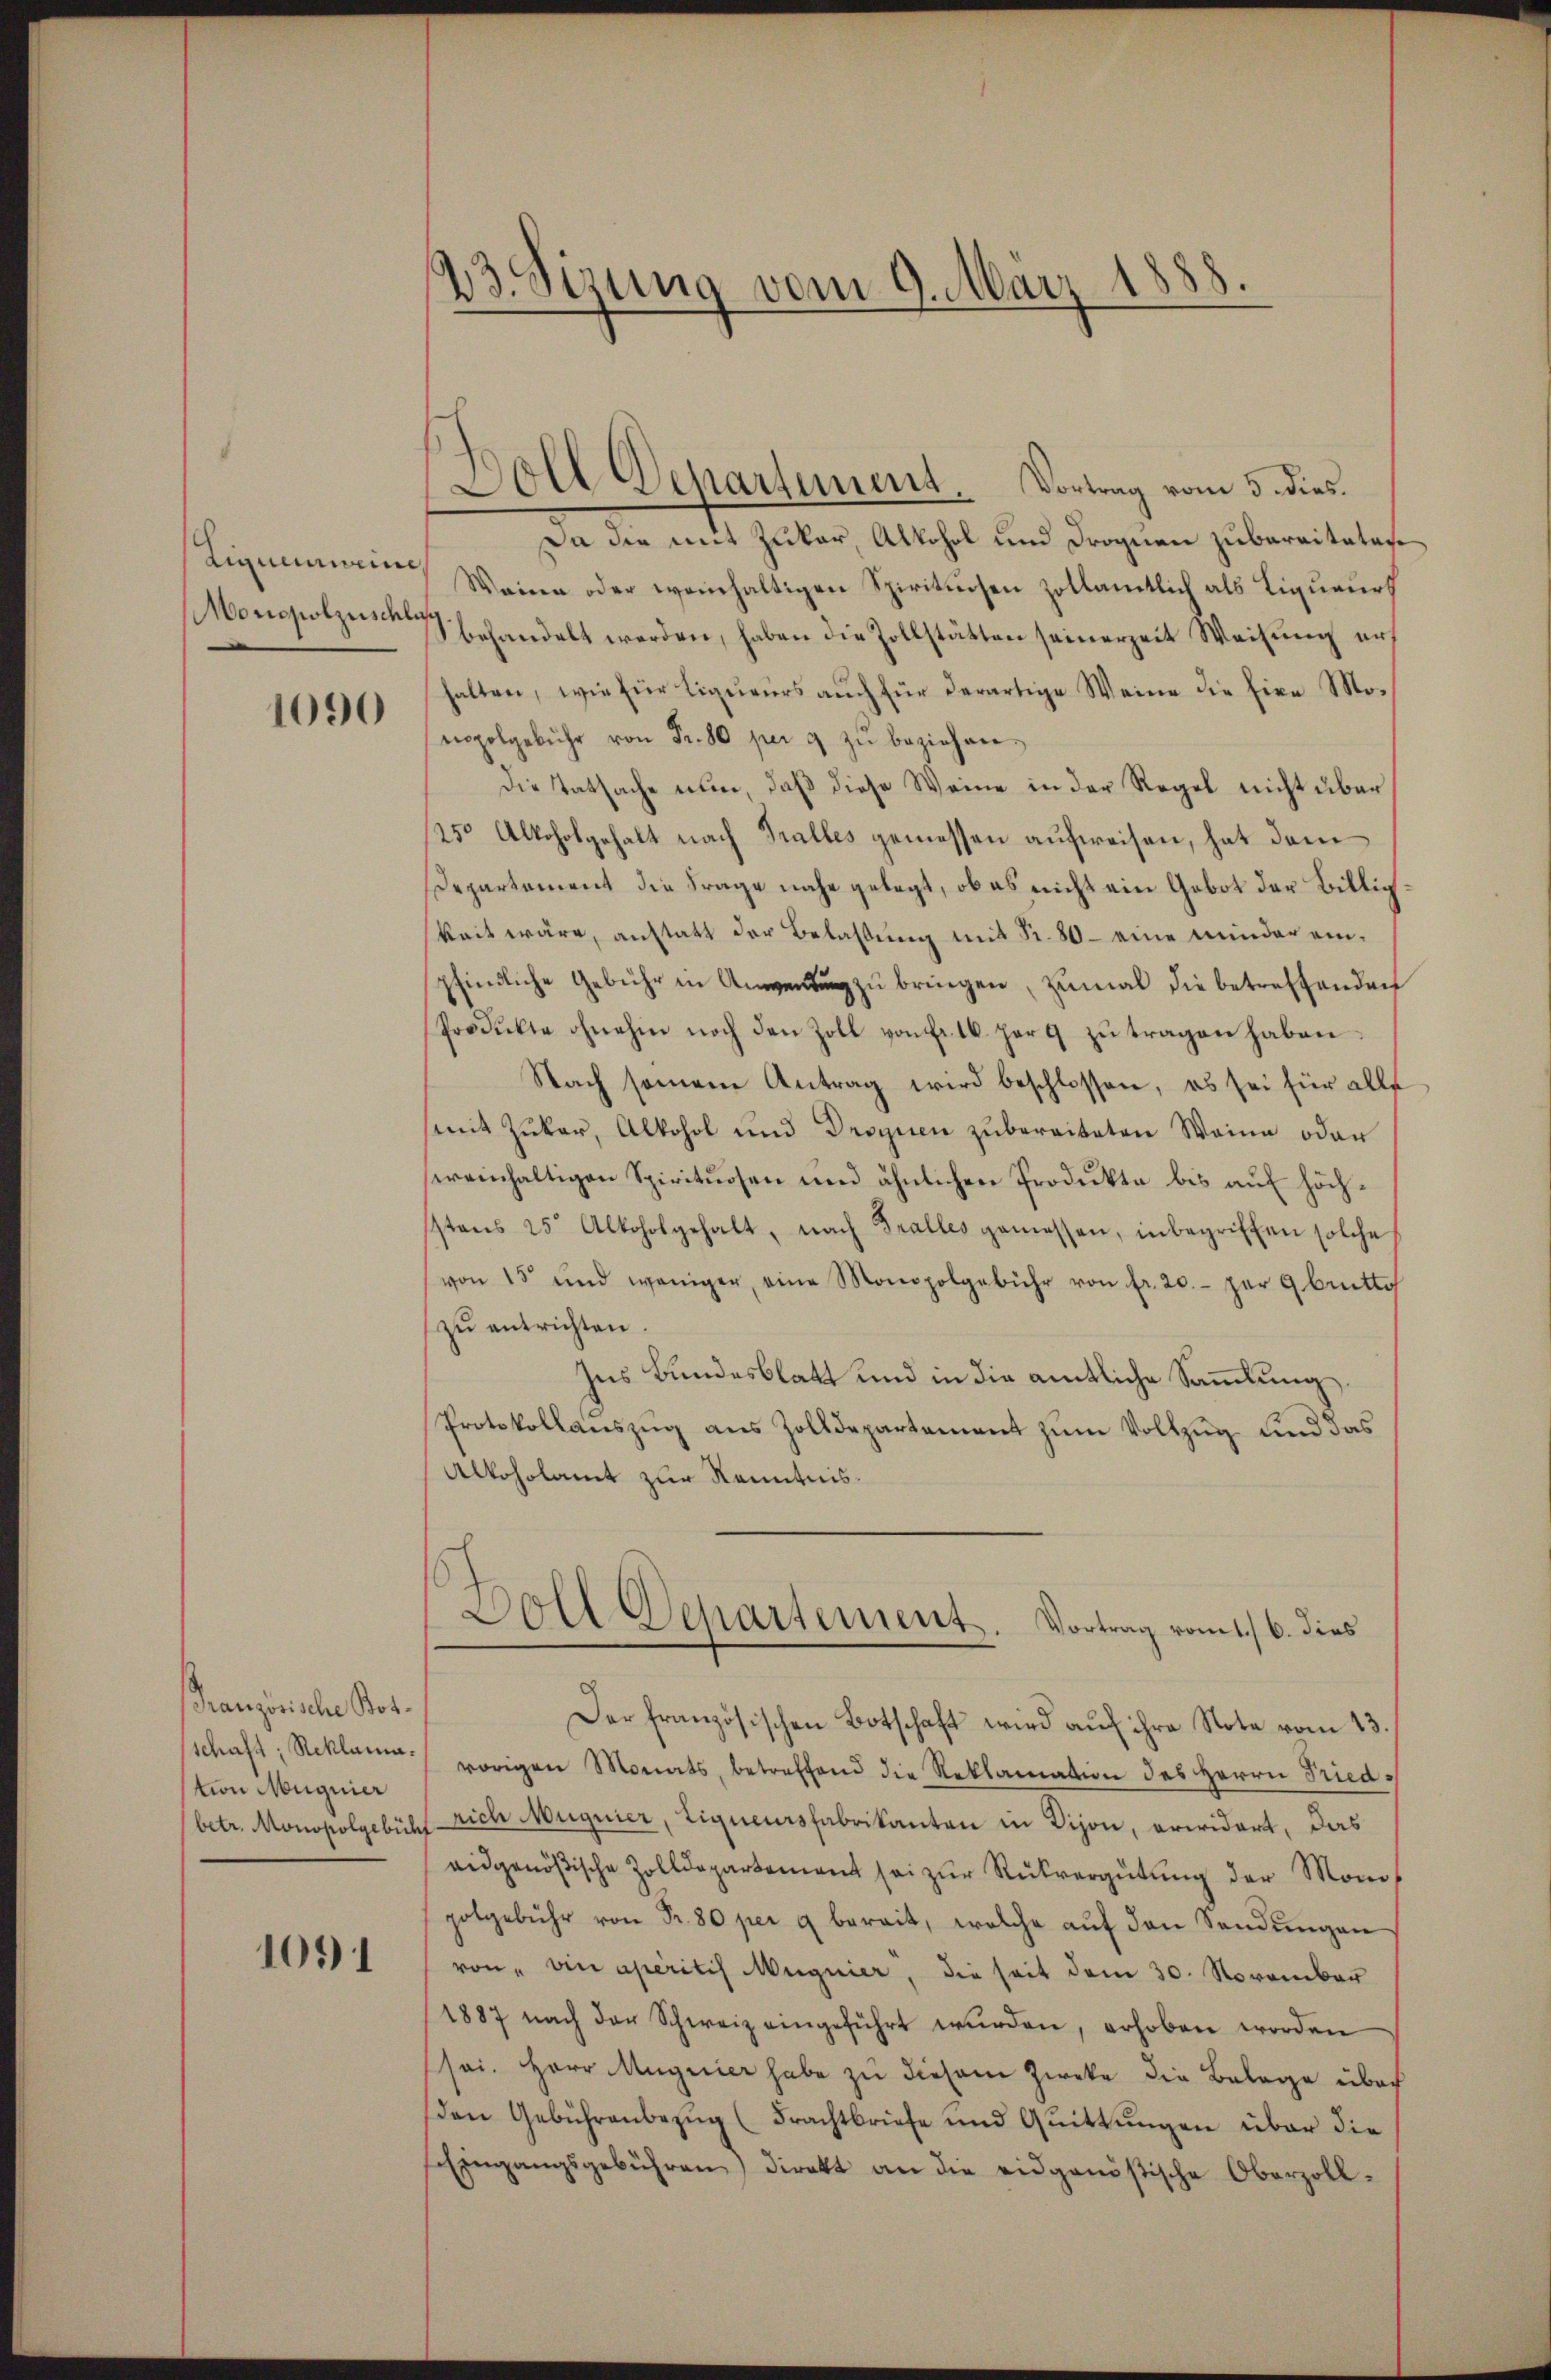
Liquemeine
Monopolzeschli

1090

Franzorische Botschaft, Reklamastion Magnier
betr. Monopolgebüh

1091

23. Sizung vom 9. März 1888.

Boll Departement. Vortrag vom 5. dies
Da die mit Zukar, Alkohol und Droguen zuberaitaten
Weine oder weinhaltigen Spirituosen zollamtlich als Liqueurt
behandelt werden, haben die Zollstätten seinerzeit Weisung erf
halten, wie für Liqueurs auch für derartige Weine die Eine Monopelgebühr von Fr. 80 per 9 zŭ beziehen.
Die Tatsache nun, daß diese Weine in der Regel nicht über
250 Alkoholgehalt nach Tralles gemessen aufweisen, hat dem
Departement die Frage nahe gelegt, ob es nicht ein Gebot der Billig
keit wäre, anstatt der Belassŭng mit Fr. 80 - eine minder einpfindliche Gebühr in zŭ bringen, zumal die betreffenden
Produkte ohnehin noch den Zoll von Fr. 16. herg zu tragen haben.
Nach seinen Antrag wird beschlossen, es sei für alle
mit Zŭkar, Alkohol und Droguen zŭbereiteten Weine oder
weinhaltigen Spirituosen und ähnlichen Produkte bis auf höchsstens 25 Alkoholgehalt, nach Fralles gemessen, inbegriffen solche
(von 15 und weniger, eine Monopolgebühr von fr. 20.- zur 9 brutto
zŭ entrichten.
Ins Bundesblatt und in die amtliche Sammlung
Protokollanszŭg aŭs Zolldepartement zŭm Vollzŭg und das
Alkoholamt zur Kenntnis.
Soll Departement. Vortrag vom 1./6. dies
Der französischen Botschaft wird aŭf ihre Note vom 13.
vorigen Monats, betreffend die Reklamation des Herrn Fried¬
Prich Mugnier, Liquersfabrikanton in Dison, erwidert, das
eidgenößische Zolldepartement sei zur Rückvergütung der Monos
potgebühr von Fr. 80 per g bereit, welche aŭf den Sendŭngen
von" ein aperitis Magnier, die seit dem 30. November
1887 nach der Schweiz eingeführt wŭrden, erhoben worden
(sei. Herr Magnier habe zu diesem Zweke die Belage über
(den Gebührenbezug (Frachtbriefe und Quittungen über die
Eingangsgebühren) direkt an die eidgenößische Oberzoll-